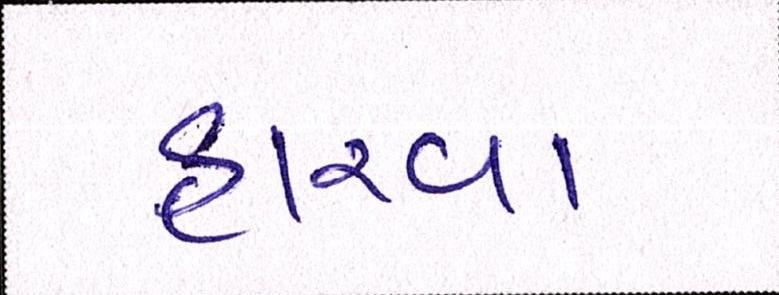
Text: હારવા